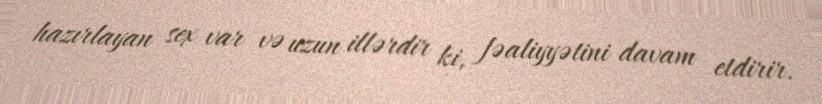
hazırlayan sex var və uzun illərdir ki, fəaliyyətini davam etdirir.